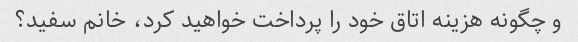
و چگونه هزینه اتاق خود را پرداخت خواهید کرد، خانم سفید؟